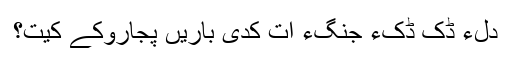
دلءِ ڈک ڈکءَ جنگءَ اَت کدی باریں پجاروکے کَیت؟